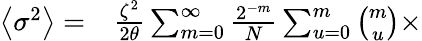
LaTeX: \begin{array}{rl}{\left\langle\sigma^{2}\right\rangle=}&{{}\frac{\zeta^{2}}{2\theta}\sum_{m=0}^{\infty}\frac{2^{-m}}{N}\sum_{u=0}^{m}\binom{m}{u}\times}\end{array}